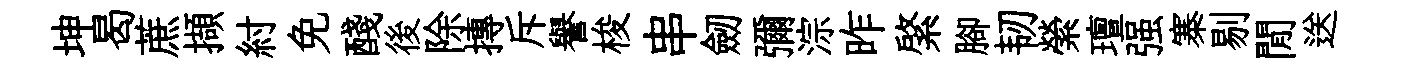
坤曷蔗擷紂免醆後除摶斥譽梭串劒彌淙昨綮腳韧縈璮强寨剔閒送